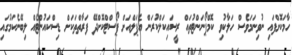
ހާމަކޮށްފައި ނުވިނަމަވެސް ހަލާކުވި ކޮމްޕޯނަންޓުތައް ރީސައިކަލްކުރަން އެޕަލްއަށް ޕޯސްޓްކޮށްދޭ ފަރާތްތަކަށް ޑިސްކައުންޓެއް ލިބޭނެކަމުގައި